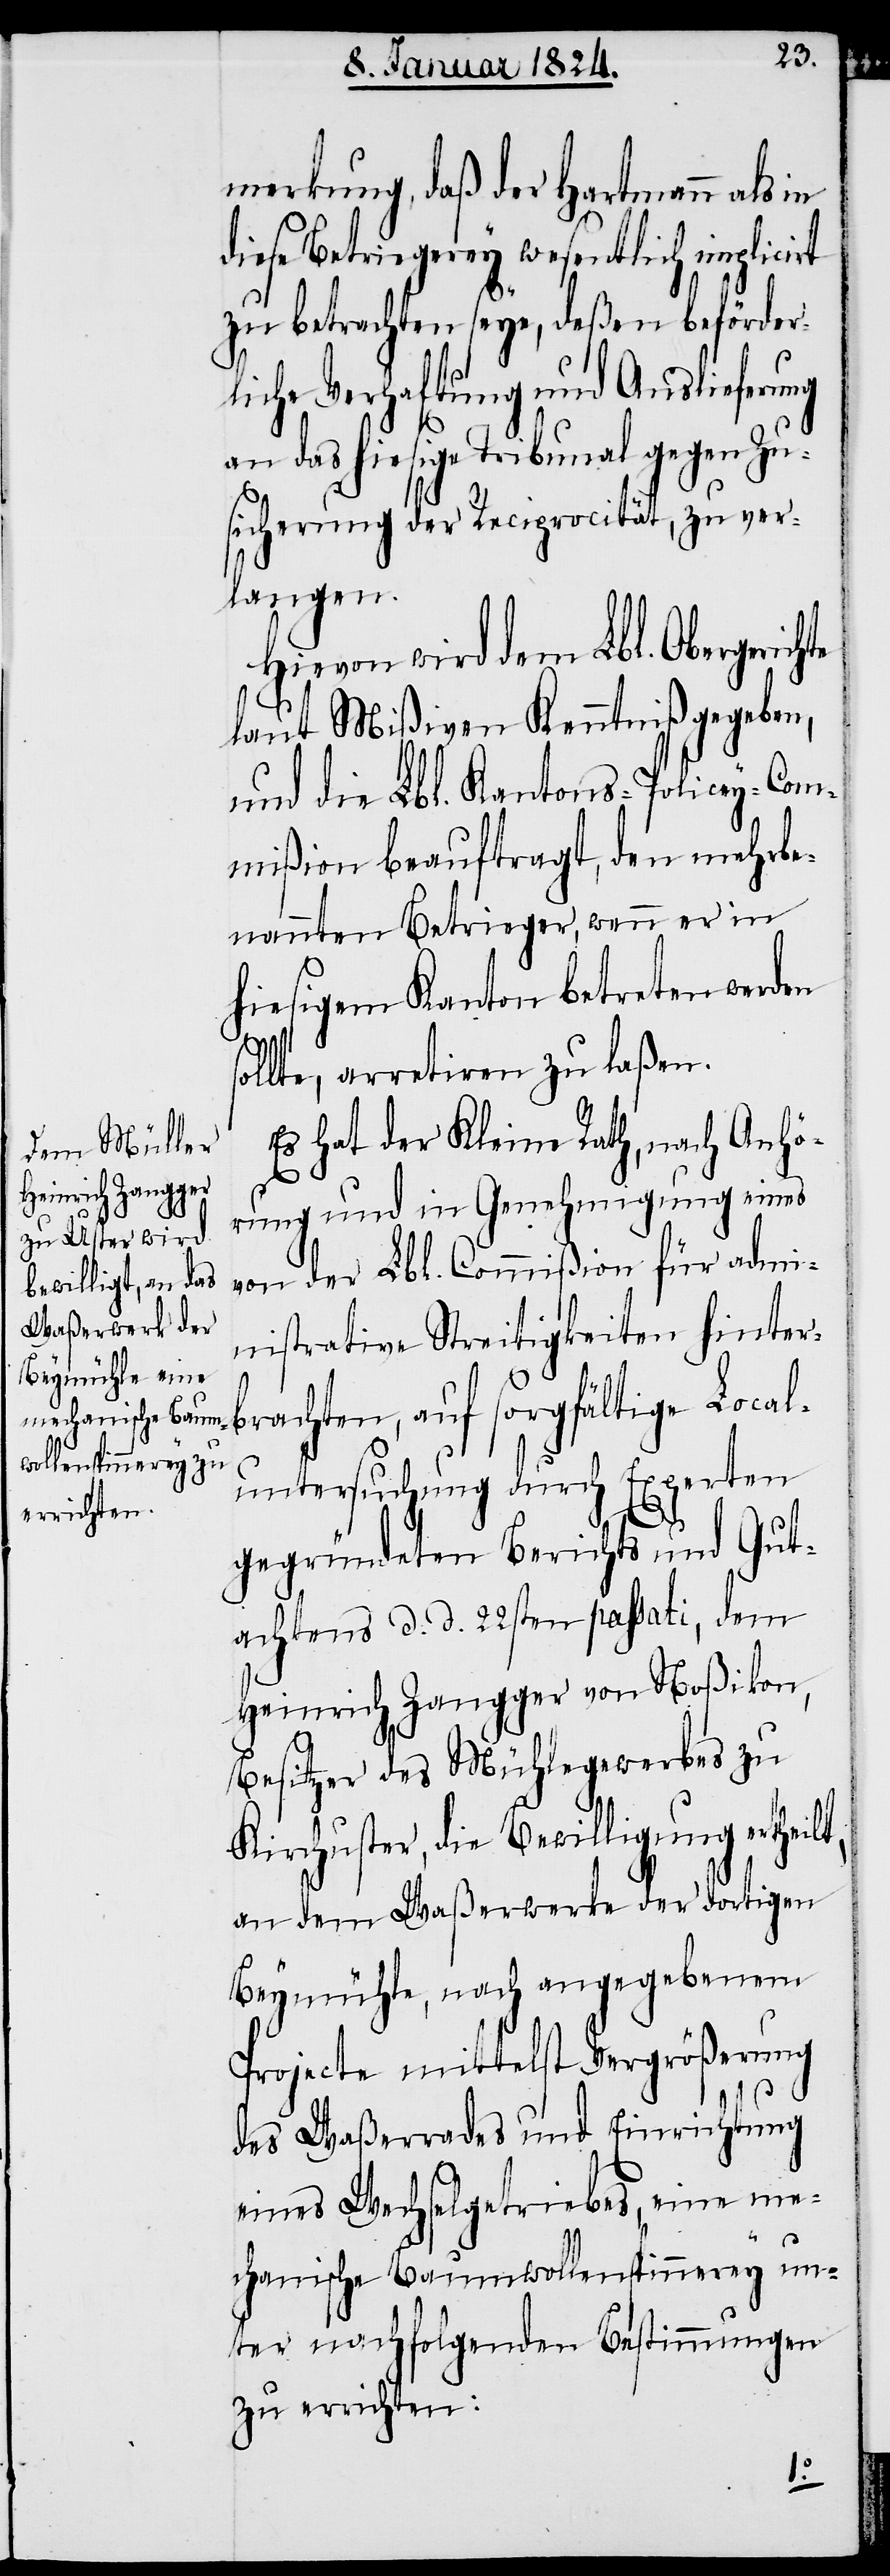
merkung, daß der Hartmann als in
diese Betriegerey wesentlich implicirt
zu betrachten seye, deßen beförder¬
liche Verhaftung und Auslieferung
an das hiesige Tribunal gegen Zu¬
sicherung der Reciprocität, zu ver¬
langen.
Hievon wird dem Lbl. Obergerich¬
laut Mißiven Kenntniß gegeben,
und die Lbl. Kantons-Policey-Com¬
mißion beauftragt, den mehrbe¬
nannten Betrieger, wenn er in
hiesigem Kanton betreten werden
sollte, arretiren zu laßen.
Es hat der Kleine Rath, nach Anhö¬
rung und in Genehmigung eines
von der Lbl. Commißion für admi¬
nistrative Streitigkeiten hinter¬
te
brachten, auf sorgfältige Local¬
untersuchung durch Experten
gegründeten Berichts und Gut¬
achtens d. d. 22sten passati, dem
Heinrich Zangger von Noßikon,
Besitzer des Mühlegewerbes zu
Kirchuster, die Bewilligung erthei¬
an dem Waßerwerke der dortigen
Beymühle, nach angegebenem
Projecte mittelst Vergrößerung
des Waßerrades und Einrichtung
eines Wechselgetriebes, eine me¬
chanische Baumwollenspinnerey un¬
ter nachfolgenden Bestimmungen
zu errichten:
lt,